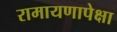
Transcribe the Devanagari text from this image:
रामायणापेक्षा